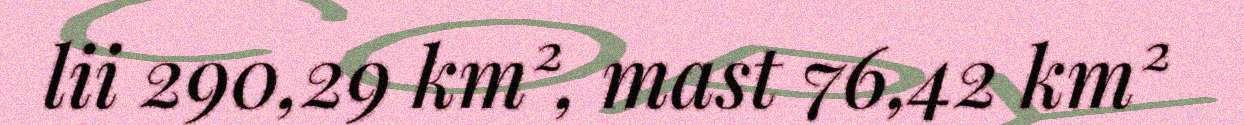
lii 290,29 km², mast 76,42 km²